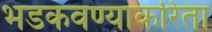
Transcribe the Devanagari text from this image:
भडकवण्याकरिता